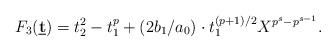
LaTeX: \begin{align*}F_3({\bf\underline{ t}}) = t_2^2- t_1^p+(2b_1/a_0)\cdot t_1^{(p+1)/2}X^{p^s-p^{s-1}}.\end{align*}